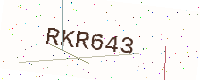
Text: RKR643